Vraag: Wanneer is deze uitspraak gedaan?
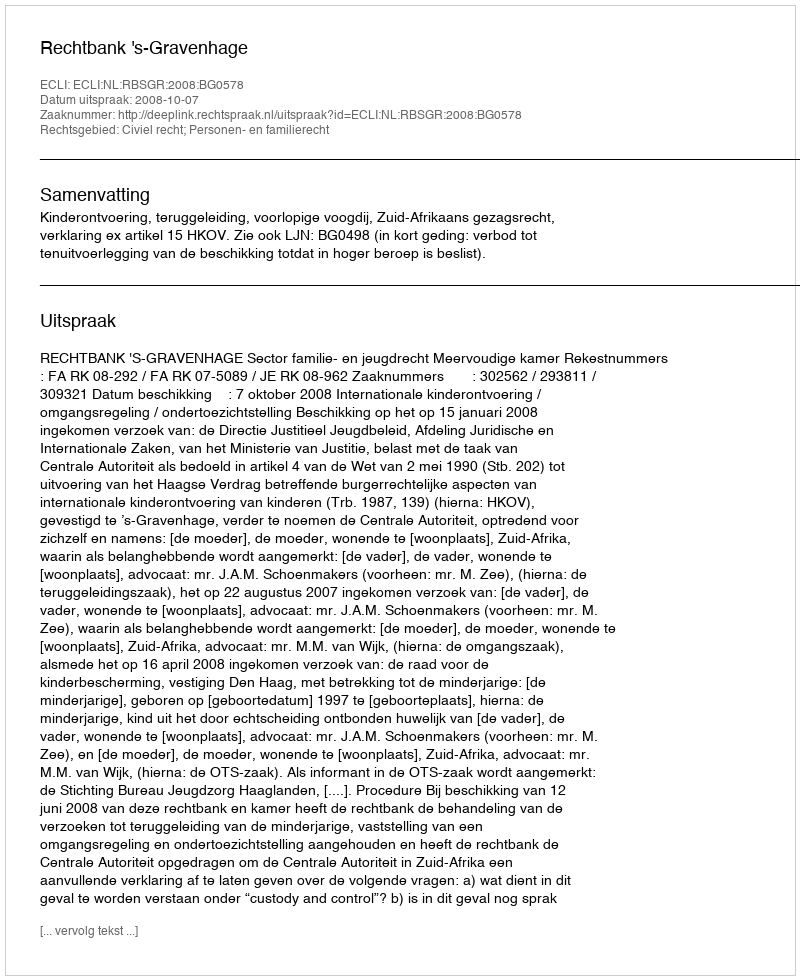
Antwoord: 2008-10-07